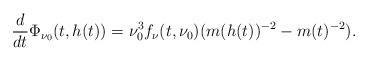
LaTeX: \begin{align*}\frac{d}{dt}\Phi_{\nu_0}(t,h(t))=\nu_0^3f_\nu(t,\nu_0)(m(h(t))^{-2}-m(t)^{-2}).\end{align*}